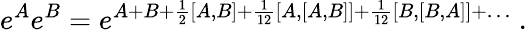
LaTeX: e^{A}e^{B}=e^{A+B+{\frac{1}{2}}[A,B]+{\frac{1}{12}}[A,[A,B]]+{\frac{1}{12}}[B,[B,A]]+\ldots}\ .